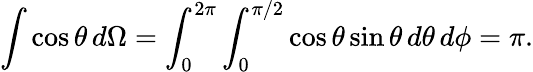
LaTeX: \int\cos\theta\, d\Omega=\int_{0}^{2\pi}\int_{0}^{\pi/2}\cos\theta\sin\theta\, d\theta\, d\phi=\pi.